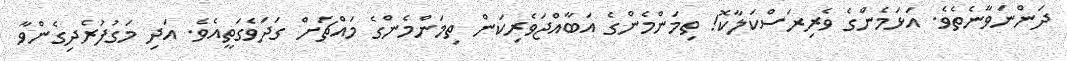
ދަންނަވާނެތެވެ. އަޅަމެންގެ ވެރިރަސްކަލާކޮ! ތިމަންމެންގެ އަބާއްޖަވެރިކަން ތިމަންމެންގެ މައްޗަށް ގަދަވެގަތީއެވެ. އަދި މަގުފުރެދިގެންވާ